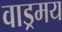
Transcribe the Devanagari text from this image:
वाड्रमय